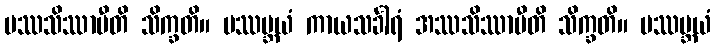
ပဿသိဿာမီတိ သိက္ခတိ။ ပဿမ္ဘယံ ကာယသင်္ခါရံ အဿသိဿာမီတိ သိက္ခတိ။ ပဿမ္ဘယံ